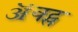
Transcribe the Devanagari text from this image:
ॲक्ट्स